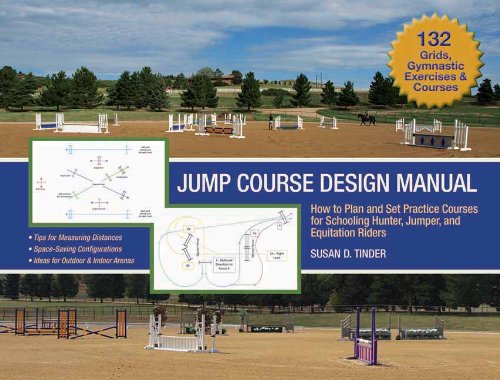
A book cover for Jump Course Design Manual: How to Plan and Set Practice Courses for Schooling Hunter, Jumper and Equitation Riders; Susan D. Tinder; Sports & Outdoors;